Report of the Bombay Plague Committee
Disease focus: Plague
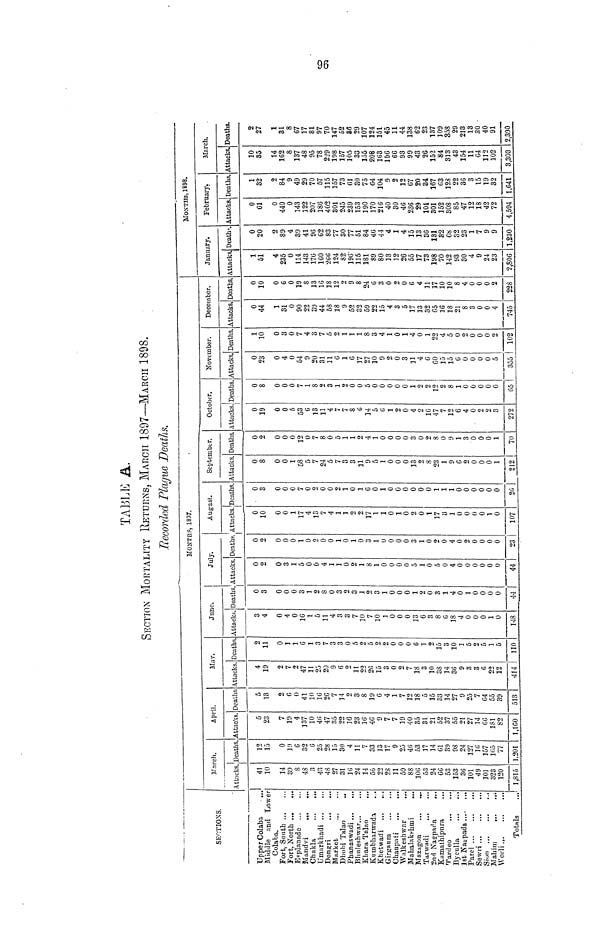
TABLE A.
SECTION MORTALITY RETURNS, MARCH 1897—MARCH 1898,
Recorded Plague Deaths.
SECTIONS.
Upper Colaba
Middle and Lower
Colaba.
Fort, South
Fort, North
Esplanade
Mandvi
Chakla
Umarkhadi
Dongri
..
...
Market
Dhohi Talao
Phanaswadi ...
...
Bhuleshwar...
Khara Talao
Kumbharwada
Kbetwadi
Girgaum
Cbanpati
Walkesbwar
Mahalakshmi
Mazagon
...
...
Tarwadi
2nd Nagpada
„.
Kamathipura
Tardeo
...
Byculla
...
,.
1st Nagpada
Parel
Sewri ...
Sion
Mahiin
Worli
Totals
ΜΟΝΤΠ?, 1837.
March,
Attacks
41
10
14
39
8
48
3
43
48
27
31
16
24
14
56
22
28
11
59
88
106
53
24
66
53
153
36
101
49
101
323
120
1,815
Deaths
12
15
0
19
6
32
6
25
28
15
30
4
11
7
33
13
17
9
25
46
53
17
14
61
39
98
24
127
16
157
165
77
1,201
April.
Attacks
5
23
7
19
4
137
10
46
47
35
22
16
23
16
46
9
7
7
19
40
35
3l
21
52
37
55
21
27
14
66
181
82
1,100
Deaths
5
13
2
6
0
41
10
16
26
7
14
2
3
8
19
6
4
1
7
12
18
ó
15
33
14
27
9
25
7
64
55
39
513
Mar.
Attacks
4
19
2
7
2
47
11
25
20
9
6
2
11
22
26
15
3
0
2
7
18
3
10
38
14
36
9
3
3
6
22
12
414
Deaths
2
11
0
1
1
6
1
3
7
3
3
0
5
2
5
2
2
0
0
0
6
1
2
15
3
10
1
5
2
5
1
5
110
Juue.
Attacks
3
4
0
4
0
IG
1
5
11
4
3
3
7
10
7
10
I
0
0
0
13
6
3
8
G
18
4
0
0
0
1
0
148
Deaths.
0
3
0
0
0
3
1
2
8
0
3
2
3
1
2
3
1
0
0
0
1
2
0
3
1
4
0
1
0
0
0
0
44
July.
. Attacks
0
2
0
3
1
5
0
0
4
1
1
0
2
1
8
1
0
0
0
0
5
1
0
5
0
4
0
0
0
0
0
0
44
Deaths
0
2
0
0
0
1
0
2
0
0
1
0
1
0
3
1
0
0
0
0
3
1
0
2
0
4
0
2
0
0
0
0
23
August.
/Attacks
!
0
10
0
0
1
17
4
13
7
4
1
1
2
2
17
1
1
0
1
0
2
0
I
17
3
1
0
0
0
0
1
0
107
'Deaths
1
0
3
0
0
0
7
0
2
0
0
2
1
0
1
G
0
1
0
0
0
0
0
0
1
1
1
0
0
0
0
0
0
26
September.
Attacks
0
8
0
0
1
58
5
7
24
5
7
3
3
31
9
5
1
0
0
0
13
2
8
23
1
9
6
2
0
0
0
1
212
. Deaths
0
2
0
0
0
12
0
7
8
0
5
1
1
2
4
1
0
0
0
0
3
0
2
8
0
9
1
3
0
0
0
1
70
October.
Attacks
0
19
0
0
5
53
6
13
11
4
7
7
δ
G
14
5
G
1
2
0
4
2
16
47
7
12
6
4
0
2
2
3
272
Deaths
0
8
0
0
0
7
1
8
2
3
1
2
0
0
5
0
0
0
0
0
1
2
2
12
2
8
1
0
0
0
0
0
65
November.
Attacks.
0
23
0
4
0
54
9
20
31
11
G
1
G
17
27
10
9
2
0
3
11
4
6
60
15
15
6
0
0
0
0
5
355
Deaths
1
10
0
3
0
7
4
3
7
δ
2
1
1
1
8
3
4
1
0
1
4
0
1
22
4
5
0
2
0
0
0
2
102
December.
Attacks.
0
44
1
31
0
90
22
39
44
58
18
9
52
íj9
59
22
15
4
3
5
17
13
32
65
16
18
21
8
3
0
0
4
745
Deaths
0
10
0
6
0
19
8
13
IG
18
12
2
9
8
24
G
3
0
2
0
G
4
11
17
10
10
8
4
0
0
0
2
228
MONTHS, 1898.
January.
Attacks,
1
51
4
235
0
114
143
17G
160
•2G6
124
82
196'
115
181
89
80
13
12
26
55
17
73
198
70
142
93
30
4
9
24
23
2,806
Death».
0
20
2
89
4
39
41
96
G2
83
77
30
77
51
84
46
44
4
1
4
15
13
36
131
32
68
32
23
1
7
9
9
1,230
February.
Attacks
0
Cl
0
440
0
143
122
207
186
402
301
245
239
153
190
170
216
40
30
46
236
29
101
301
152
308
85
47
12
18
42
72
4,594
Deaths.
1
32
2
84
9
49
29
70
57
115
157
73
61
30
75
64
104
9
2
12
67
20
34
167
63
128
22
36
3
15
19
32
1,641
March.
Attacks.
10
35
14
162
8
137
48
95
78
229
198
157
105
33
155
208
1G3
106
66
93
99
43
26
152
84
313
43
154
11
64
112
102
3,303
Deaths.
2
27
1
31
8
67
17
81
97
70
147
52
86
29
107
124
151
45
11
44
138
62
23
137
109
358
29
213
13
30
40
91
2,390
96